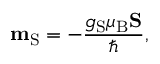
\mathbf { m } _ { \mathrm { S } } = - { \frac { g _ { \mathrm { S } } \mu _ { \mathrm { B } } \mathbf { S } } { \hbar } } ,